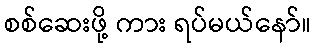
စစ်ဆေးဖို့ ကား ရပ်မယ်နော်။